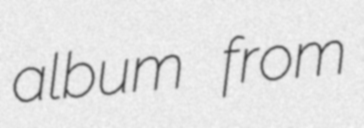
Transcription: album from